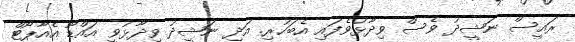
ރައީސް ނަޝީދު ވެސް ވިދާޅުވެފައި އެބަހުރި. އަދި ނަޝީދު ވިދާޅުވީ އައްޑޫ އެއާޕޯޓް